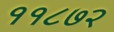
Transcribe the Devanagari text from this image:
११८७२